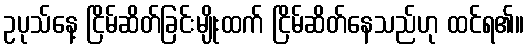
ဥပုသ်နေ့ ငြိမ်ဆိတ်ခြင်းမျိုးထက် ငြိမ်ဆိတ်နေသည်ဟု ထင်ရ၏။